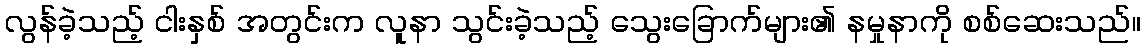
လွန်ခဲ့သည့် ငါးနှစ် အတွင်းက လူနာ သွင်းခဲ့သည့် သွေးခြောက်များ၏ နမှုနာကို စစ်ဆေးသည်။